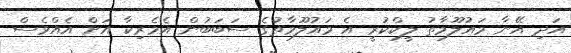
އަދި އޭނާ މައުލޫމާތު ލީކްކުރީ އެ މައުލޫމާތުގެ ސަބަބުން އެމެރިކާ އަށް އެއްވެސް